Annual report on the mental hospital in the Central Provinces and Berar (Nagpur) - 1927-1951
Year: 1927
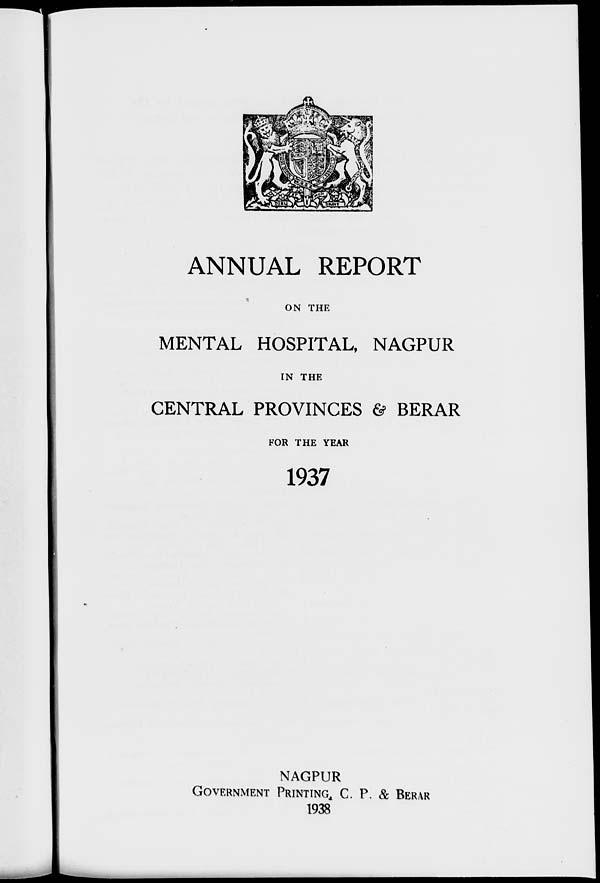
ANNUAL REPORT
ON THE
MENTAL HOSPITAL, NAGPUR
IN THE
CENTRAL PROVINCES & BERAR
FOR THE YEAR
1937
NAGPUR
GOVERNMENT PRINTING, C. P. & BERAR
1938